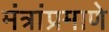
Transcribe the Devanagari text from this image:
मंत्रांप्रमाणे